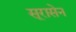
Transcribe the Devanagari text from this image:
सूरासेन